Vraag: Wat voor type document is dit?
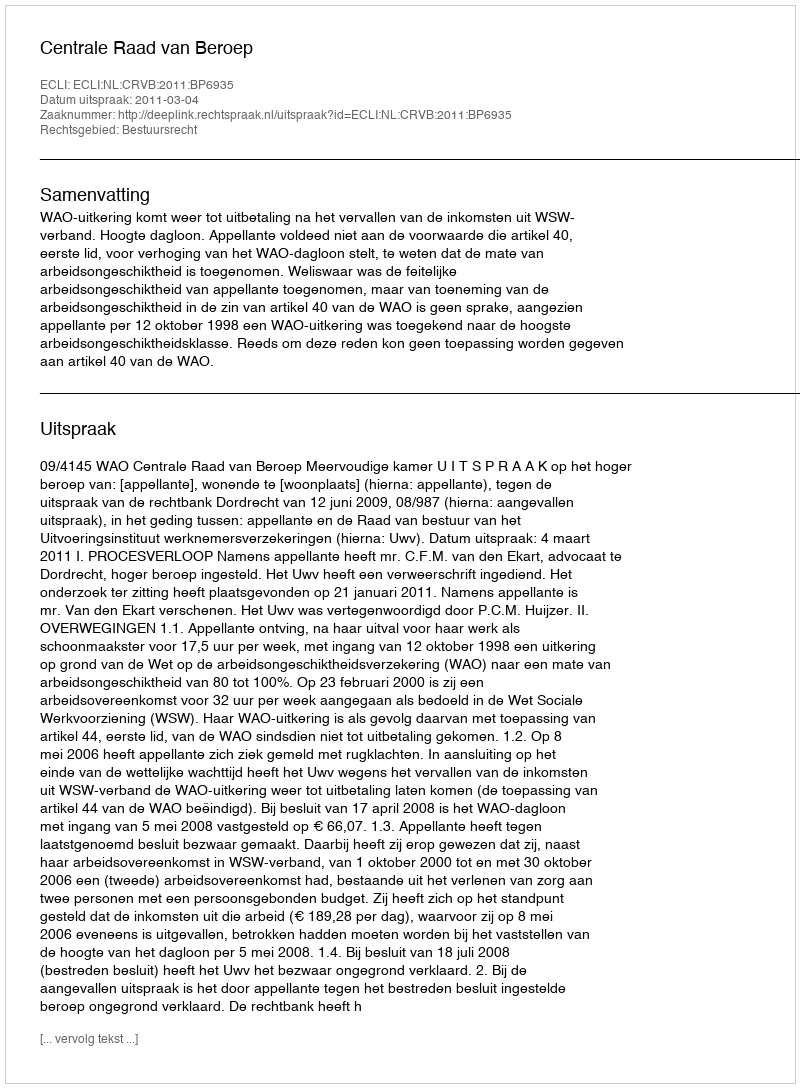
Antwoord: Uitspraak